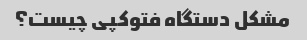
مشکل دستگاه فتوکپی چیست؟